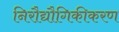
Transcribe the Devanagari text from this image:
निरौद्यौगिकीकरण